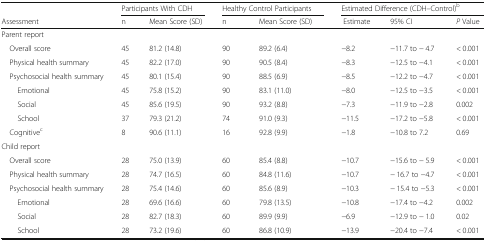
<table><thead><tr><td></td><td colspan="2"><b>Participants With CDH</b></td><td colspan="2"><b>Healthy Control Participants</b></td><td colspan="3"><b>Estimated Difference (CDH–Control)<sup>b</sup></b></td></tr><tr><td><b>Assessment</b></td><td><b>n</b></td><td><b>Mean Score (SD)</b></td><td><b>n</b></td><td><b>Mean Score (SD)</b></td><td><b>Estimate</b></td><td><b>95% CI</b></td><td><b><i>P</i> Value</b></td></tr></thead><tbody><tr><td colspan="8">Parent report</td></tr><tr><td> Overall score</td><td>45</td><td>81.2 (14.8)</td><td>90</td><td>89.2 (6.4)</td><td>−8.2</td><td>−11.7 to − 4.7</td><td>&lt; 0.001</td></tr><tr><td> Physical health summary</td><td>45</td><td>82.2 (17.0)</td><td>90</td><td>90.5 (8.4)</td><td>−8.3</td><td>−12.5 to −4.1</td><td>&lt; 0.001</td></tr><tr><td> Psychosocial health summary</td><td>45</td><td>80.1 (15.4)</td><td>90</td><td>88.5 (6.9)</td><td>−8.5</td><td>−12.2 to −4.7</td><td>&lt; 0.001</td></tr><tr><td>Emotional</td><td>45</td><td>75.8 (15.2)</td><td>90</td><td>83.1 (11.0)</td><td>−8.0</td><td>−12.5 to −3.5</td><td>&lt; 0.001</td></tr><tr><td>Social</td><td>45</td><td>85.6 (19.5)</td><td>90</td><td>93.2 (8.8)</td><td>−7.3</td><td>−11.9 to −2.8</td><td>0.002</td></tr><tr><td>School</td><td>37</td><td>79.3 (21.2)</td><td>74</td><td>91.0 (9.3)</td><td>−11.5</td><td>−17.2 to −5.8</td><td>&lt; 0.001</td></tr><tr><td> Cognitive<sup>c</sup></td><td>8</td><td>90.6 (11.1)</td><td>16</td><td>92.8 (9.9)</td><td>−1.8</td><td>−10.8 to 7.2</td><td>0.69</td></tr><tr><td colspan="8">Child report</td></tr><tr><td> Overall score</td><td>28</td><td>75.0 (13.9)</td><td>60</td><td>85.4 (8.8)</td><td>−10.7</td><td>−15.6 to − 5.9</td><td>&lt; 0.001</td></tr><tr><td> Physical health summary</td><td>28</td><td>74.7 (16.5)</td><td>60</td><td>84.8 (11.6)</td><td>−10.7</td><td>− 16.7 to −4.7</td><td>&lt; 0.001</td></tr><tr><td> Psychosocial health summary</td><td>28</td><td>75.4 (14.6)</td><td>60</td><td>85.6 (8.9)</td><td>−10.3</td><td>− 15.4 to −5.3</td><td>&lt; 0.001</td></tr><tr><td>Emotional</td><td>28</td><td>69.6 (16.6)</td><td>60</td><td>79.8 (13.5)</td><td>−10.8</td><td>−17.4 to −4.2</td><td>0.002</td></tr><tr><td>Social</td><td>28</td><td>82.7 (18.3)</td><td>60</td><td>89.9 (9.9)</td><td>−6.9</td><td>−12.9 to − 1.0</td><td>0.02</td></tr><tr><td>School</td><td>28</td><td>73.2 (19.6)</td><td>60</td><td>86.8 (10.9)</td><td>−13.9</td><td>−20.4 to −7.4</td><td>&lt; 0.001</td></tr></tbody></table>